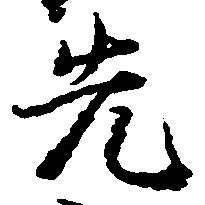
先